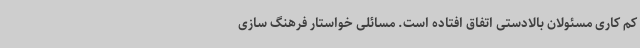
کم کاری مسئولان بالادستی اتفاق افتاده است. مسائلی خواستار فرهنگ سازی